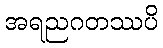
အရညဂတဿပိ